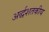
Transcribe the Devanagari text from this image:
अर्द्धशतकीय